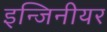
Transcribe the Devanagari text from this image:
इन्जिनीयर